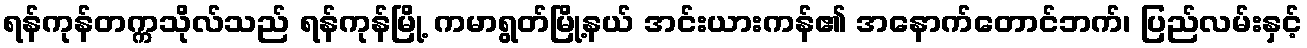
ရန်ကုန်တက္ကသိုလ်သည် ရန်ကုန်မြို့ ကမာရွတ်မြို့နယ် အင်းယားကန်၏ အနောက်တောင်ဘက်၊ ပြည်လမ်းနှင့်